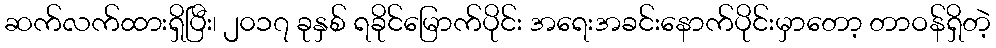
ဆက်လက်ထားရှိပြီး၊ ၂၀၁၇ ခုနှစ် ရခိုင်မြောက်ပိုင်း အရေးအခင်းနောက်ပိုင်းမှာတော့ တာဝန်ရှိတဲ့